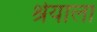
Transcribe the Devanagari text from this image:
श्रेयाला